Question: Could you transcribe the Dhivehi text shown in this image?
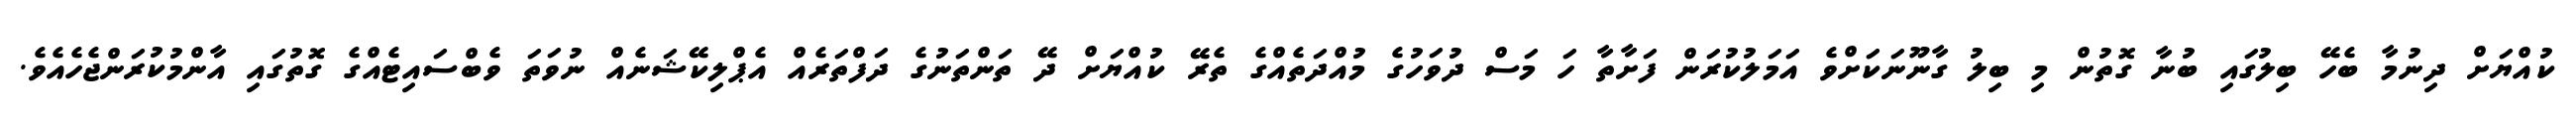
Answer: ކުއްޔަށް ދިނުމާ ބެހޭ ބިލުގައި ބުނާ ގޮތުން މި ބިލު ގާނޫނަކަށްވެ އަމަލުކުރަން ފަށާތާ ހަ މަސް ދުވަހުގެ މުއްދަތެއްގެ ތެރޭ ކުއްޔަށް ދޭ ތަންތަނުގެ ދަފްތަރެއް އެޕްލިކޭޝަނެއް ނުވަތަ ވެބްސައިޓެއްގެ ގޮތުގައި އާންމުކުރަންޖެހެއެވެ.